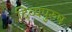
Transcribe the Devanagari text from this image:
दिव्यपुरुष